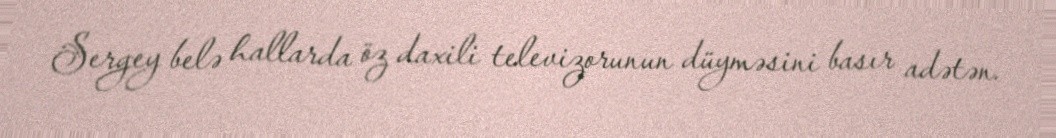
Sergey belə hallarda öz daxili televizorunun düyməsini basır adətən.